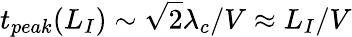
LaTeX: t_{peak}(L_{I})\sim\sqrt{2}\lambda_{c}/V\approx L_{I}/V